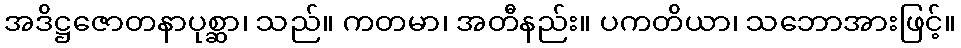
အဒိဋ္ဌဇောတနာပုစ္ဆာ၊ သည်။ ကတမာ၊ အတီနည်း။ ပကတိယာ၊ သဘောအားဖြင့်။